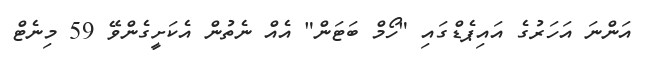
އަންނަ އަހަރުގެ އައިޕެޑްގައި "ހޯމް ބަޓަން" އެއް ނެތުން އެކަށީގެންވޭ 59 މިނެޓް